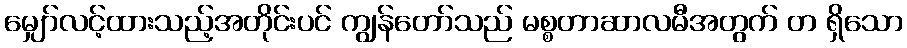
မျှော်လင့်ထားသည့်အတိုင်းပင် ကျွန်တော်သည် မစ္စတာဆာလမီအတွက် တ ရှိသော